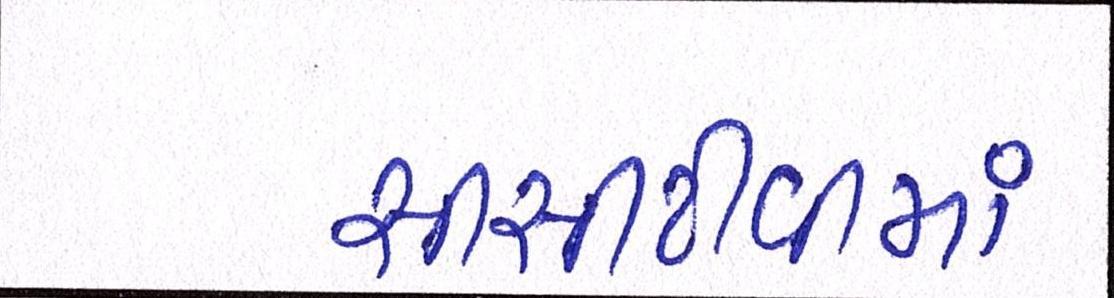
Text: સીસીટીવીમાં